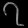
Digit: ၇